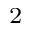
^ 2